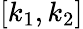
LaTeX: [k_{1},k_{2}]